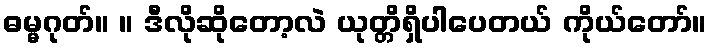
ဓမ္မဂုတ်။ ။ ဒီလိုဆိုတော့လဲ ယုတ္တိရှိပါပေတယ် ကိုယ်တော်။